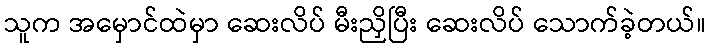
သူက အမှောင်ထဲမှာ ဆေးလိပ် မီးညှိပြီး ဆေးလိပ် သောက်ခဲ့တယ်။